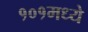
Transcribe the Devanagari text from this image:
१०१मध्ये